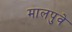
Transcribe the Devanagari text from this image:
मालपुवे